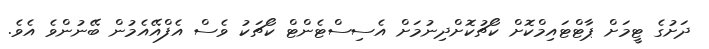
ދަށުގެ ޓީމަށް ޕާޓްޓައިމްކޮށް ކޯޗުކޮށްދިނުމަށް އެސިސްޓެންޓް ކޯޗަކު ވެސް އެފްއޭއެމުން ބޭނުންވެ އެވެ.